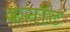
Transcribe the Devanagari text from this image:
कनाॅट